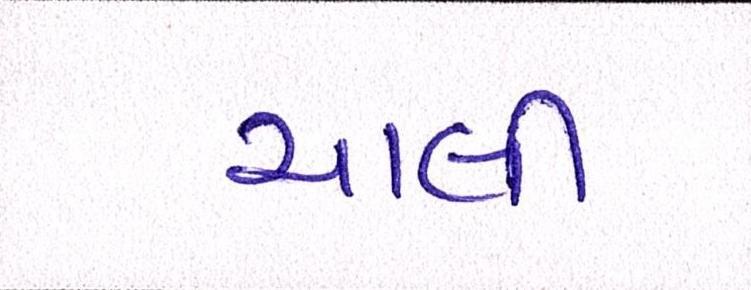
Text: ચાલી